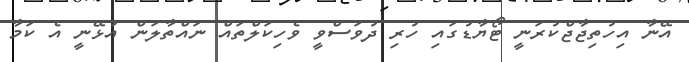
އޭނާ އިހުތިޖާޖްކުރަނީ ޓޯޔާޑުގައި ހުރި ދުވަސްވީ ވެހިކަލްތައް ނައްތާލަން އުޅޭނީ އެ ކަމާ